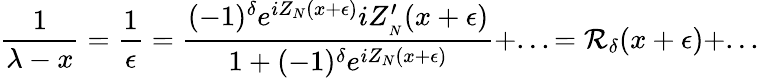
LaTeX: \displaystyle\frac{1}{\lambda-x}=\displaystyle\frac{1}{\epsilon}=\displaystyle\frac{(-1)^{\delta}e^{iZ_{N}(x+\epsilon)}iZ_{_{N}}^{\prime}(x+\epsilon)}{1+(-1)^{\delta}e^{iZ_{N}(x+\epsilon)}}+...={\cal R}_{\delta}(x+\epsilon)+...